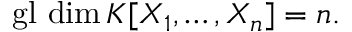
\operatorname { g l } \, \dim K [ X _ { 1 } , \ldots , X _ { n } ] = n .